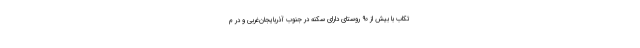
تکاب با بیش از ۹۰ روستای دارای سکنه در جنوب آذربایجان‌غربی و در م